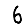
Digit: 6